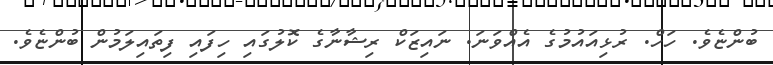
ބުންޏެވެ. ހަހް. ރުޅިއައުމުގެ އެއްވަނަ. ނައިޒަކް ރިޝާނާގެ ކޮލުގައި ހިފައި ފިތައިލަމުން ބުންޏެވެ.